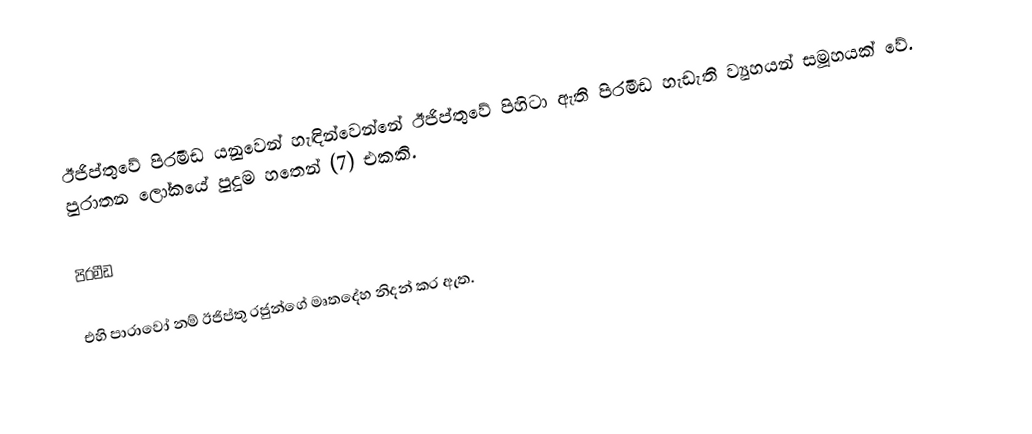
ඊජිප්තුවේ පිරමීඩ යනුවෙන් හැඳින්වෙන්නේ ඊජිප්තුවේ පිහිටා ඇති පිරමීඩ හැඩැති ව්‍යුහයන් සමූහයක් වේ. පුරාතන ලෝකයේ පුදුම හතෙන් (7) එකකි.

පිරමීඩ

                       එහි පාරාවෝ නම් ඊජිප්තු රජුන්ගේ මෘතදේහ නිදන් කර ඇත.